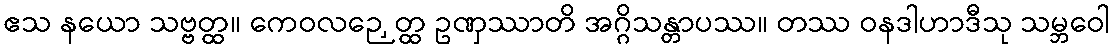
ဧသ နယော သဗ္ဗတ္ထ။ ကေဝလဉှေတ္ထ ဥဏှဿာတိ အဂ္ဂိသန္တာပဿ။ တဿ ဝနဒါဟာဒီသု သမ္ဘဝေါ